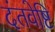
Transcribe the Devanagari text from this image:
दंतवेष्टि